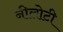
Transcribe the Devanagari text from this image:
नीलोटी